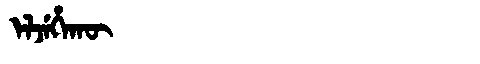
Manchu: ᡝᠯᠵᡝᡥᠠᡴᡡ
Romanization: ELJEHAKŪ